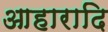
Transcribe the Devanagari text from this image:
आहारादि